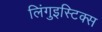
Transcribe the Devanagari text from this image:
लिंगुइस्टिक्स